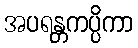
အပရန္တကပ္ပိကာ